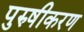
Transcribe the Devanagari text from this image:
पुरुषीकरण